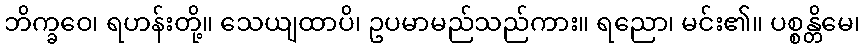
ဘိက္ခဝေ၊ ရဟန်းတို့။ သေယျထာပိ၊ ဥပမာမည်သည်ကား။ ရညော၊ မင်း၏။ ပစ္စန္တိမေ၊